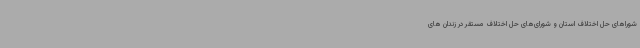
شوراهای حل اختلاف استان و شورای‌های حل اختلاف مستقر در زندان های